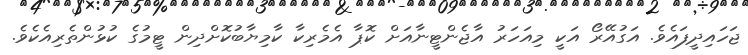
ޖަހައިދީފައެވެ. އަގުއޭރޯ އަކީ މިއަހަރު އާޖެންޓީނާއަށް ކޮޕާ އެމެރިކާ ކާމިޔާބުކޮށްދިން ޓީމުގެ ކުޅުންތެރިއެކެވެ.